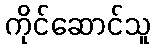
ကိုင်ဆောင်သူ